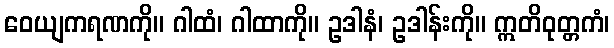
ဝေယျကရဏကို။ ဂါထံ၊ ဂါထာကို။ ဥဒါနံ၊ ဥဒါန်းကို။ ဣတိဝုတ္တကံ၊